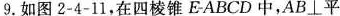
9. 如图2-4-11，在四棱锥EABCD中，AB\bot 平